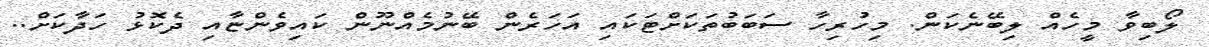
ލޯބިވާ މީހެއް ލިބޭނެކަން. މިހުރިހާ ސަބަބުތަކަށްޓަކައި އަހަރެން ބޭނުމެއްނޫން ކައިވެންޏާއި ދެކޮޅު ހަދާކަށް..